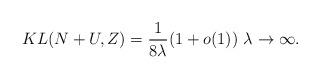
LaTeX: \begin{align*}KL(N+U, Z) = \frac{1}{8\lambda} (1+o(1)) \ \lambda \rightarrow \infty.\end{align*}